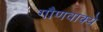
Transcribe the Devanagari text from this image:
गौणवाक्ये